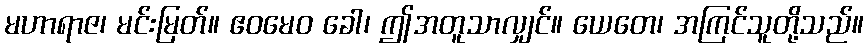
မဟာရာဇ၊ မင်းမြတ်။ ဧဝမေဝ ခေါ၊ ဤအတူသာလျှင်။ ယေတေ၊ အကြင်သူတို့သည်။